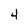
Character: 4